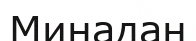
Минадан